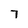
Character: 7